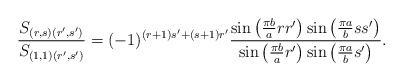
LaTeX: \begin{align*}\frac{S_{(r, s)(r',s')}}{S_{(1, 1)(r', s')}} = (-1)^{(r+1)s'+(s+1)r'} \frac{\sin\left(\frac{\pi b}{a}rr' \right)\sin\left(\frac{\pi a}{b}ss' \right)}{\sin\left(\frac{\pi b}{a}r' \right)\sin\left(\frac{\pi a}{b}s' \right)}.\end{align*}